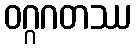
ဝဂ္ဂဂတဿ